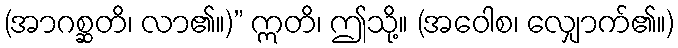
(အာဂစ္ဆတိ၊ လာ၏။)” ဣတိ၊ ဤသို့။ (အဝေါစ၊ လျှောက်၏။)